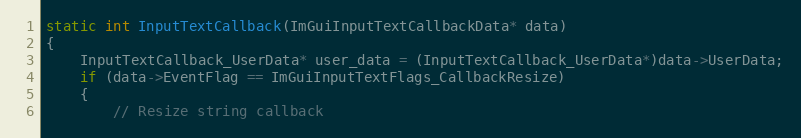
Language: C++
static int InputTextCallback(ImGuiInputTextCallbackData* data)
{
    InputTextCallback_UserData* user_data = (InputTextCallback_UserData*)data->UserData;
    if (data->EventFlag == ImGuiInputTextFlags_CallbackResize)
    {
        // Resize string callback